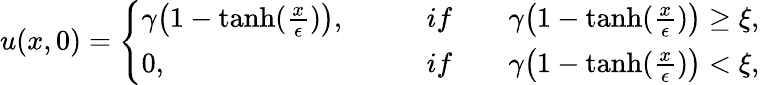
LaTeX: u(x,0)=\left\{ \begin{array}{ll}{\gamma\big(1-\operatorname{tanh}(\frac{x}{\epsilon})\big),\qquad}&{if\qquad\gamma\big(1-\operatorname{tanh}(\frac{x}{\epsilon})\big)\geq\xi,}\\ {0,\qquad}&{if\qquad\gamma\big(1-\operatorname{tanh}(\frac{x}{\epsilon})\big)<\xi,}\end{array}\right.